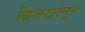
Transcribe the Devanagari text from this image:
ब्रिजखालून